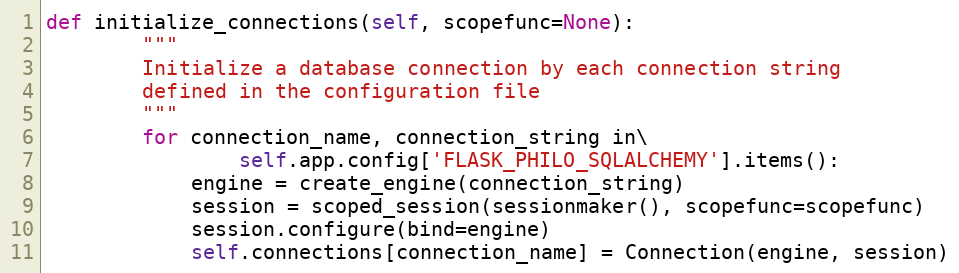
Language: Python
def initialize_connections(self, scopefunc=None):
        """
        Initialize a database connection by each connection string
        defined in the configuration file
        """
        for connection_name, connection_string in\
                self.app.config['FLASK_PHILO_SQLALCHEMY'].items():
            engine = create_engine(connection_string)
            session = scoped_session(sessionmaker(), scopefunc=scopefunc)
            session.configure(bind=engine)
            self.connections[connection_name] = Connection(engine, session)